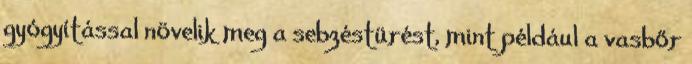
gyógyítással növelik meg a sebzéstürést, mint például a vasbőr